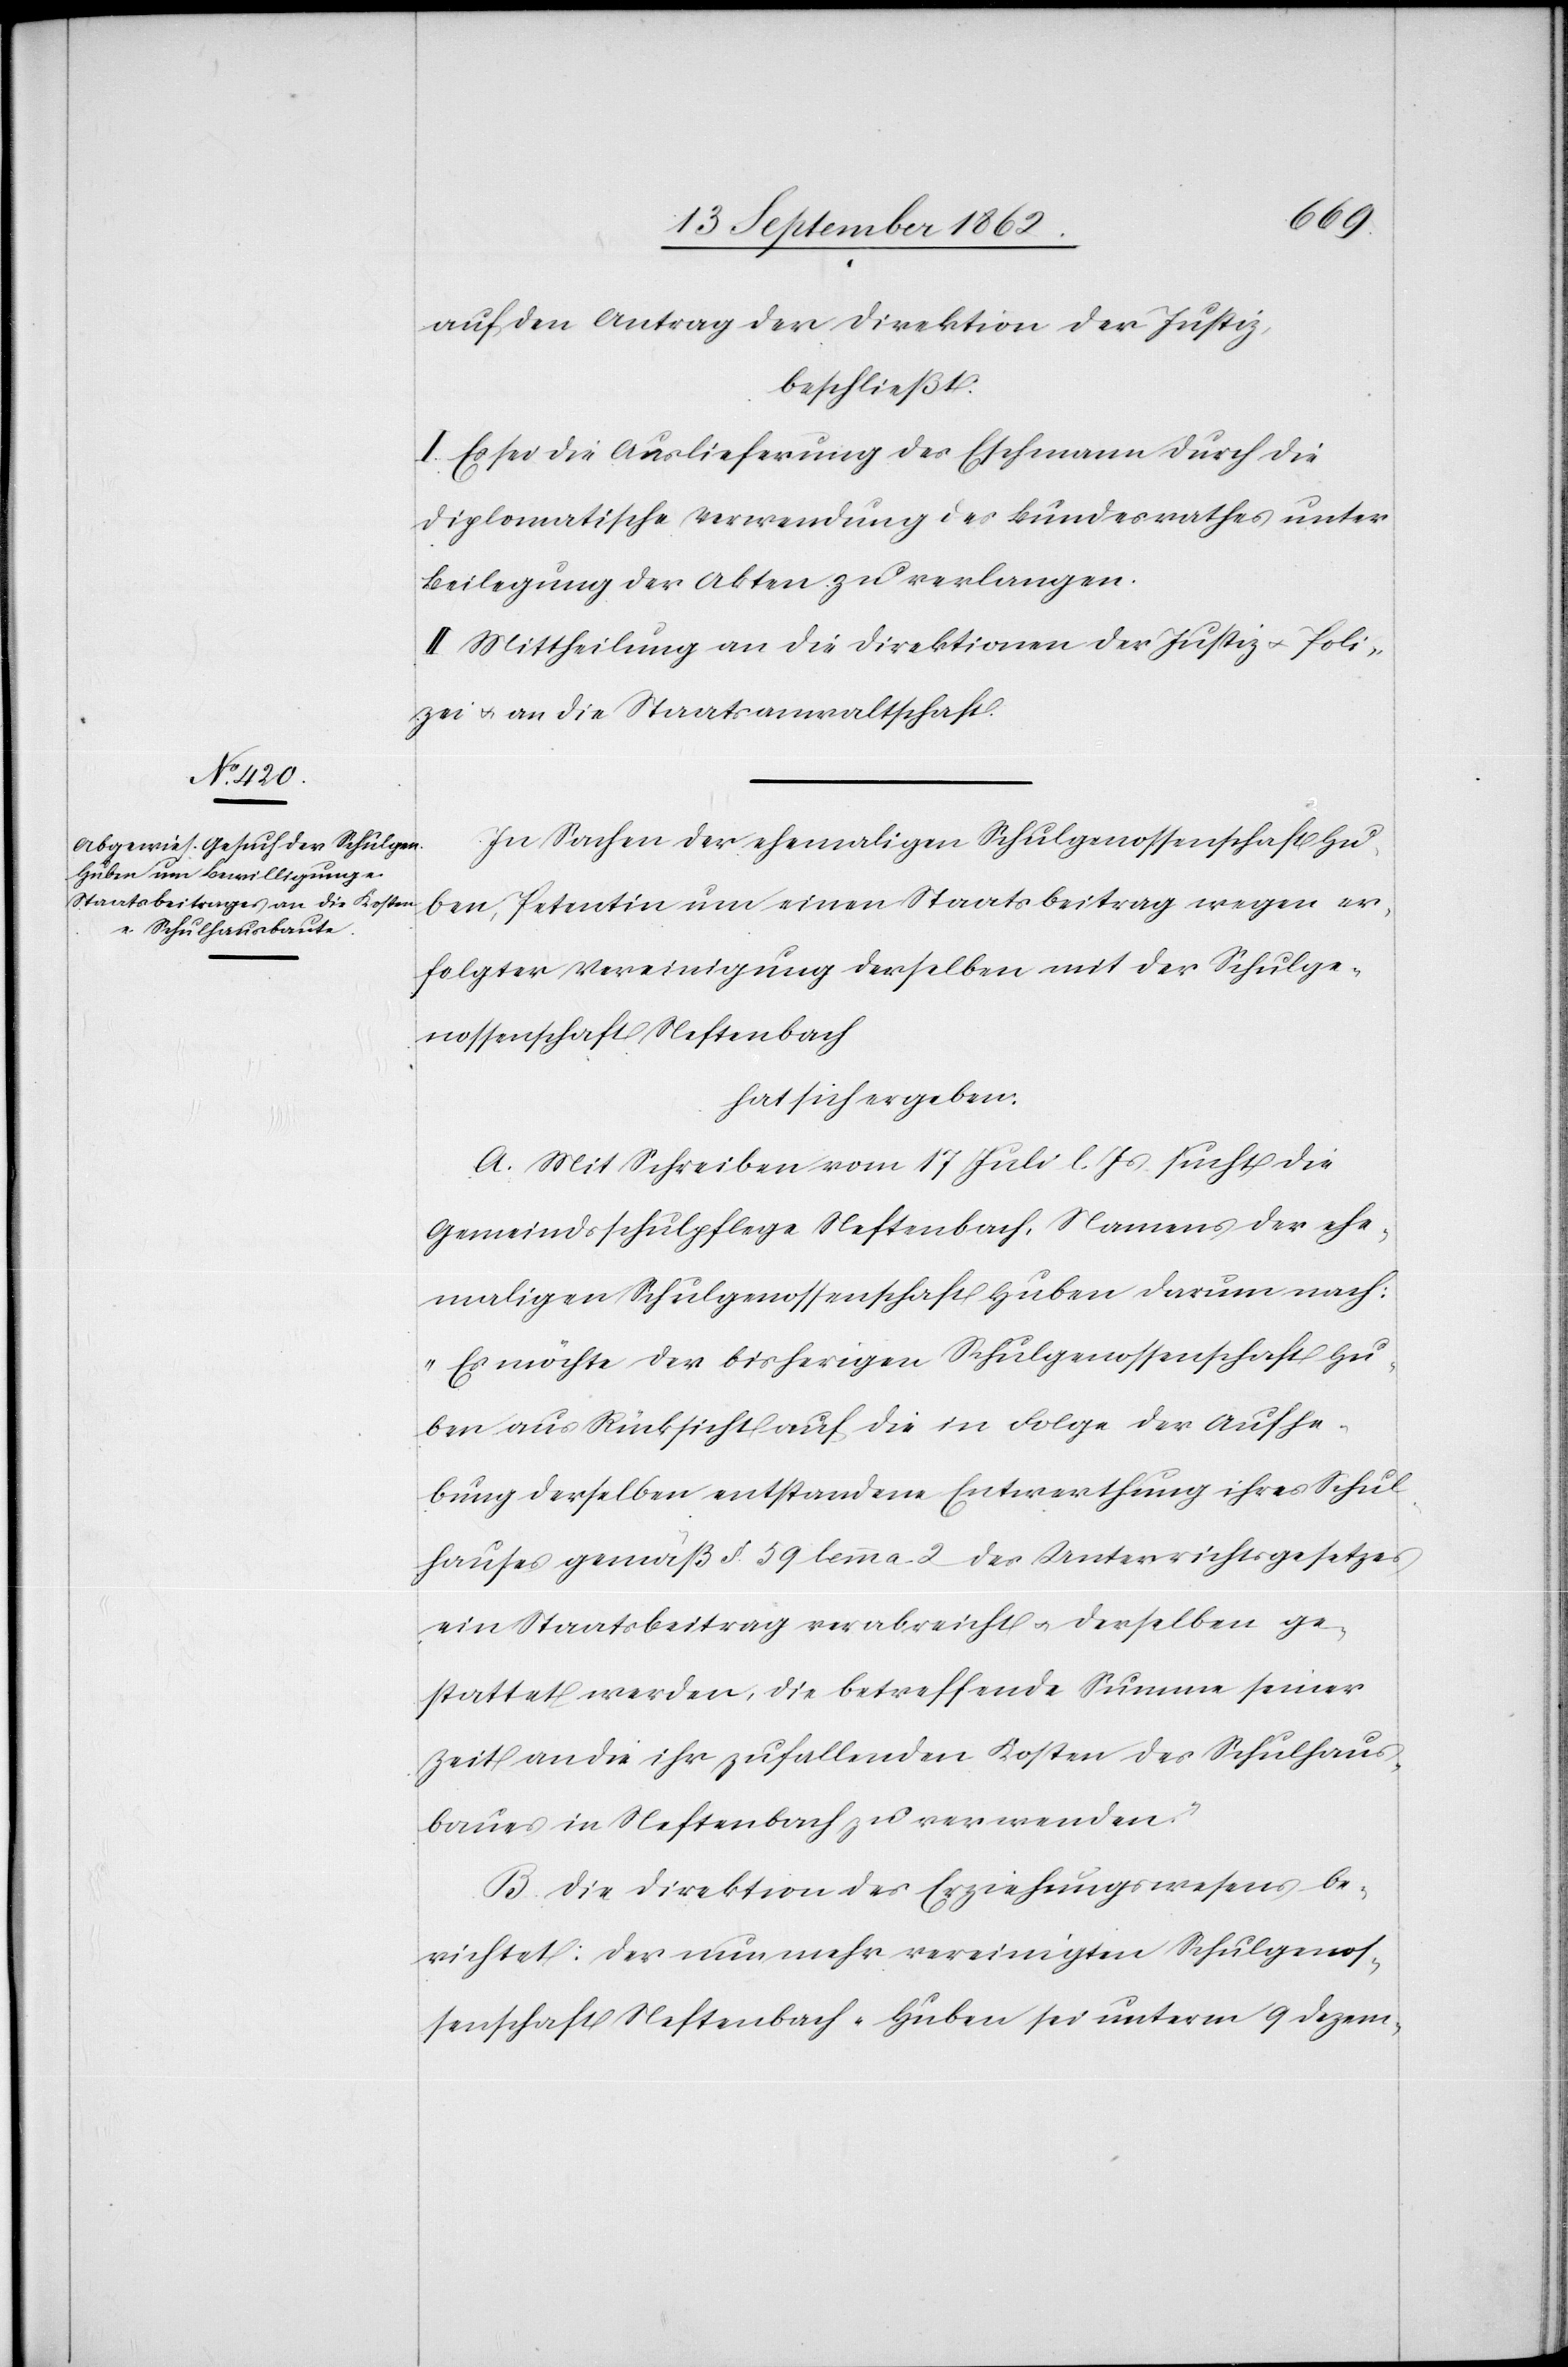
auf den Antrag der Direktion der Justiz,
beschließt:
I. Es sei die Auslieferung des Eschmann durch die
diplomatische Verwendung des Bundesrathes unter
Beilegung der Akten zu verlangen.
II. Mittheilung an die Direktion der Justiz u. Poli¬
zei u. an die Staatsanwaltschaft.
In Sachen der ehemaligen Schulgenossenschaft Hu¬
ben, Petentin um einen Staatsbeitrag wegen er¬
folgter Vereinigung derselben mit der Schulge¬
nossenschaft Neftenbach
hat sich ergeben:
A. Mit Schreiben vom 17. Juli l. Js. sucht die
Gemeindsschulpflege Neftenbach, Namens der ehe¬
maligen Schulgenossenschaft Huben darum nach:
„Es möchte der bisherigen Schulgenossenschaft Hu¬
ben aus Rücksicht auf die in Folge der Aufhe¬
bung derselben entstandene Entwerthung ihres Schul¬
hauses gemäß §. 59 lemma 2 des Unterrichtsgesetzes
ein Staatsbeitrag verabreicht u. derselben ge¬
stattet werden, die betreffende Summe seiner
Zeit an die ihr zufallenden Kosten des Schulhaus¬
baues in Neftenbach zu verwenden.“
B. Die Direktion des Erziehungswesens be¬
richtet: Der nunmehr vereinigten Schulgenos¬
senschaft Neftenbach-Huben sei unterm 9. Dezem-